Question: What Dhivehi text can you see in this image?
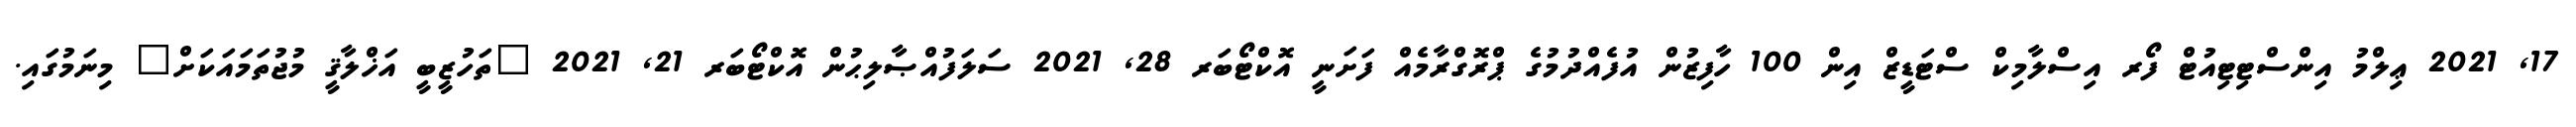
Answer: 17, 2021 ޢިލްމު އިންސްޓިޓިއުޓް ފޯރ އިސްލާމިކް ސްޓަޑީޒް އިން 100 ހާފިޒުން އުފެއްދުމުގެ ޕްރޮގްރާމެއް ފަށަނީ އޮކްޓޯބަރ 28, 2021 ސަލަފުއްޞާލިޙުން އޮކްޓޯބަރ 21, 2021 "ތަހުޒީބީ އަޚްލާޤީ މުޖުތަމައަކަށް" މިނަމުގައި.